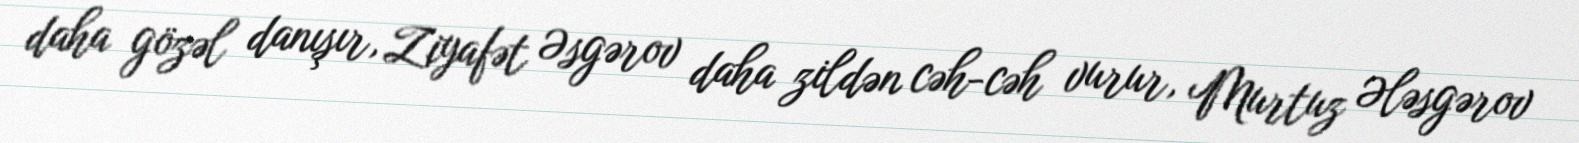
daha gözəl danışır, Ziyafət Əsgərov daha zildən cəh-cəh vurur, Murtuz Ələsgərov